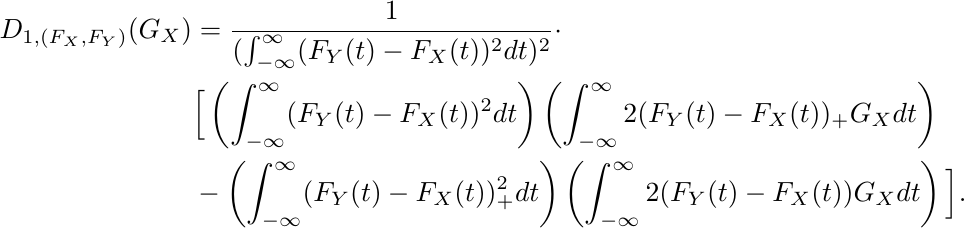
\begin{align*}
D_{1,(F_X, F_Y)}(G_X)  &=\frac{1}{(\int_{-\infty}^{\infty} (F_Y (t) - F_X (t))^2 dt)^2}\cdot\\&\Big[ \left(\int_{-\infty}^{\infty} (F_Y (t) - F_X (t))^2 dt\right) \left(\int_{-\infty}^\infty 2 (F_Y (t) - F_X (t))_+ G_X dt\right)\\& - \left(\int_{-\infty}^{\infty} (F_Y (t) - F_X (t))_+^2 dt\right)\left(\int_{-\infty}^\infty 2 (F_Y (t) - F_X (t)) G_X dt\right)\Big].
\end{align*}